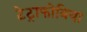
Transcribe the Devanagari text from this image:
टेट्राफोबिया